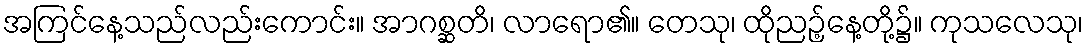
အကြင်နေ့သည်လည်းကောင်း။ အာဂစ္ဆတိ၊ လာရော၏။ တေသု၊ ထိုညဉ့်နေ့တို့၌။ ကုသလေသု၊